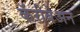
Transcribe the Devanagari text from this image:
कॅरीबेअन